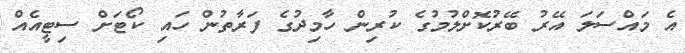
އެ މައްސަލަ އޭރު ބޭރުކޮށްލުމުގެ ކުރިން ހާމިދުގެ ފަރާތުން ހައި ކޯޓަށް ސިޓީއެއް